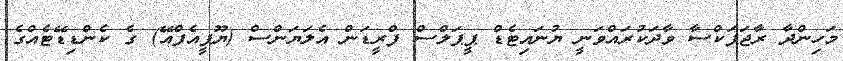
މަހިންދާ ރާޖަޕަކްސާ ވާދަކުރަައްވަނީ ޔުނައިޓެޑް ޕީޕަލްސް ފްރީޑަން އެލަޔަންސް (ޔޫޕީއެފްއޭ) ގެ ކެންޑިޑޭޓެއްގެ